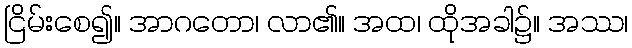
ငြိမ်းစေ၍။ အာဂတော၊ လာ၏။ အထ၊ ထိုအခါ၌။ အဿ၊